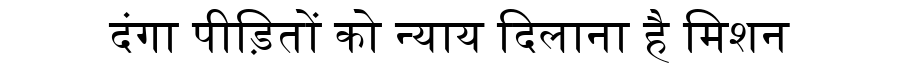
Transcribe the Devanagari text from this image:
दंगा पीड़ितों को न्याय दिलाना है मिशन